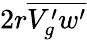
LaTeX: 2r\overline{{V_{g}^{\prime}w^{\prime}}}